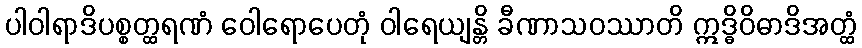
ပါဝါရာဒိပစ္စတ္ထရဏံ ဝေါရောပေတုံ ဝါရေယျန္တိ ခီဏာသဝဿာတိ ဣဒ္ဓိဝိဓာဒိအတ္ထံ